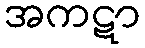
အကဋာ